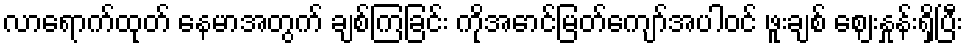
လာရောက်ထုတ် နေမာအတွက် ချစ်ကြခြင်း ကိုအောင်မြတ်ကျော်အပါဝင် ဖူးချစ် ဈေးနှုန်းရှိပြီး